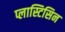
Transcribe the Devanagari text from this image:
प्लास्टिसिन